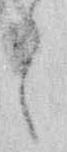
う